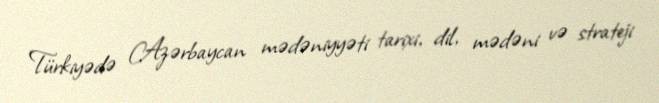
Türkiyədə Azərbaycan mədəniyyəti tarixi, dil, mədəni və strateji